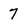
Character: 7